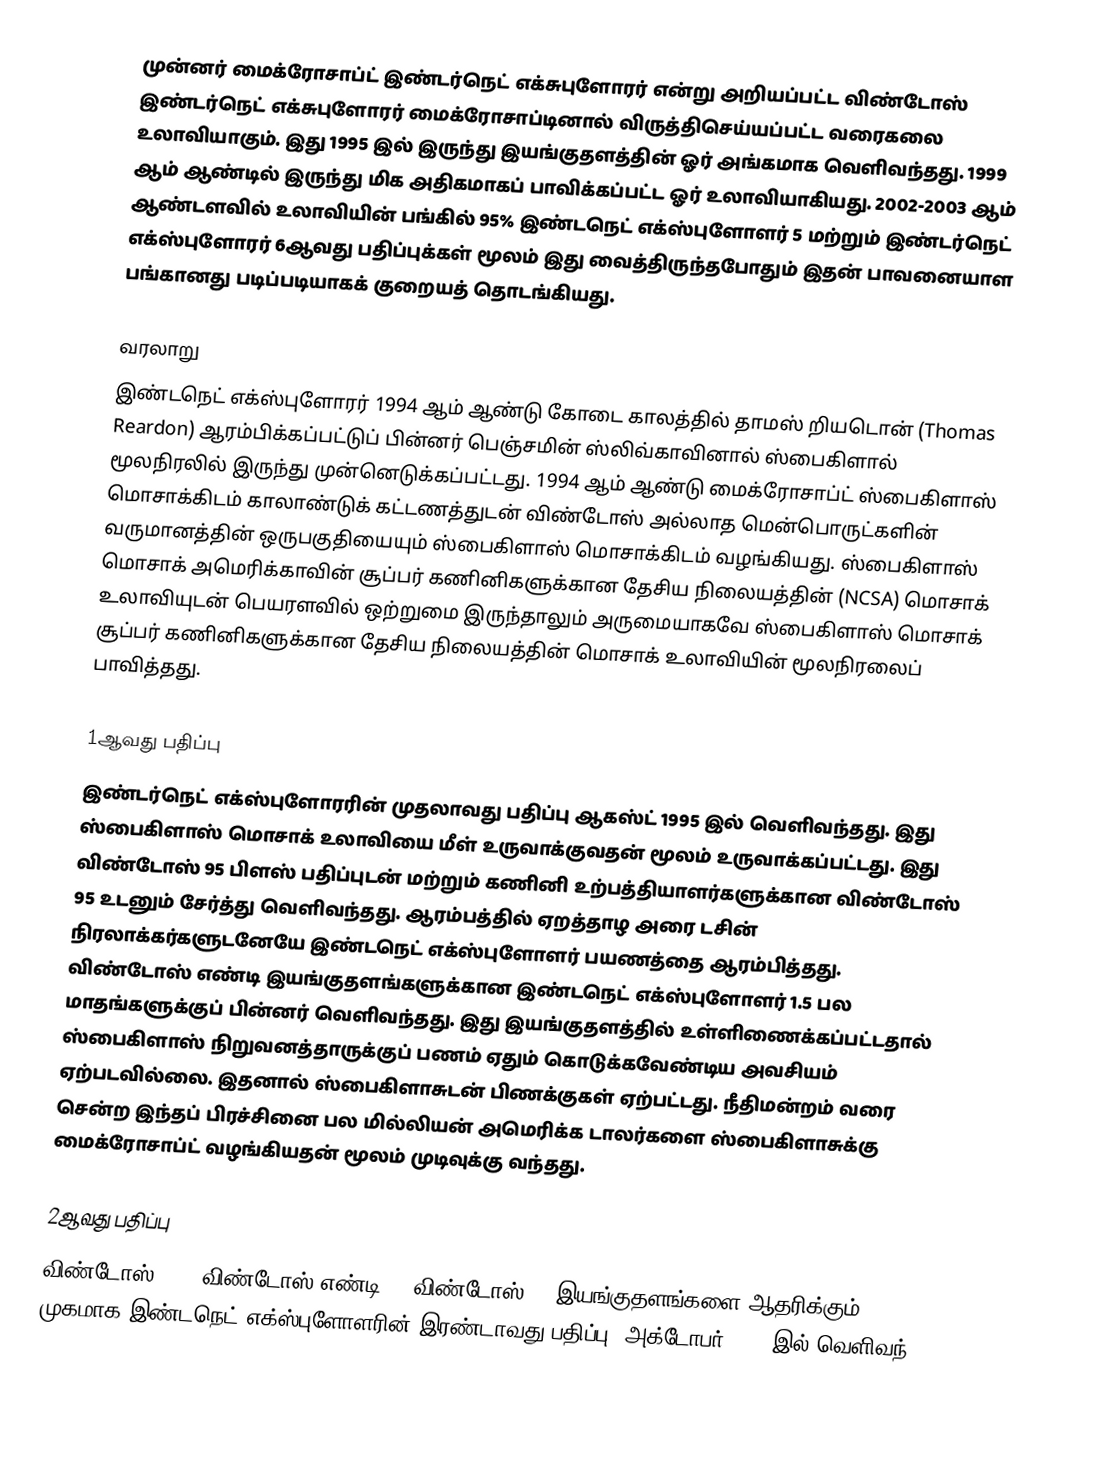
முன்னர் மைக்ரோசாப்ட் இண்டர்நெட் எக்சுபுளோரர் என்று அறியப்பட்ட விண்டோஸ் இண்டர்நெட் எக்சுபுளோரர் மைக்ரோசாப்டினால் விருத்திசெய்யப்பட்ட வரைகலை உலாவியாகும். இது 1995 இல் இருந்து இயங்குதளத்தின் ஓர் அங்கமாக வெளிவந்தது. 1999 ஆம் ஆண்டில் இருந்து மிக அதிகமாகப் பாவிக்கப்பட்ட ஓர் உலாவியாகியது. 2002-2003 ஆம் ஆண்டளவில் உலாவியின் பங்கில் 95% இண்டநெட் எக்ஸ்புளோளர் 5 மற்றும் இண்டர்நெட் எக்ஸ்புளோரர் 6ஆவது பதிப்புக்கள் மூலம் இது வைத்திருந்தபோதும் இதன் பாவனையாள பங்கானது படிப்படியாகக் குறையத் தொடங்கியது.

வரலாறு
இண்டநெட் எக்ஸ்புளோரர் 1994 ஆம் ஆண்டு கோடை காலத்தில் தாமஸ் றியடொன் (Thomas Reardon) ஆரம்பிக்கப்பட்டுப் பின்னர் பெஞ்சமின் ஸ்லிவ்காவினால் ஸ்பைகிளால் மூலநிரலில் இருந்து முன்னெடுக்கப்பட்டது. 1994 ஆம் ஆண்டு மைக்ரோசாப்ட் ஸ்பைகிளாஸ் மொசாக்கிடம் காலாண்டுக் கட்டணத்துடன் விண்டோஸ் அல்லாத மென்பொருட்களின் வருமானத்தின் ஒருபகுதியையும் ஸ்பைகிளாஸ் மொசாக்கிடம் வழங்கியது. ஸ்பைகிளாஸ் மொசாக் அமெரிக்காவின் சூப்பர் கணினிகளுக்கான தேசிய நிலையத்தின் (NCSA) மொசாக் உலாவியுடன் பெயரளவில் ஒற்றுமை இருந்தாலும் அருமையாகவே ஸ்பைகிளாஸ் மொசாக் சூப்பர் கணினிகளுக்கான தேசிய நிலையத்தின் மொசாக் உலாவியின் மூலநிரலைப் பாவித்தது.

1ஆவது பதிப்பு
இண்டர்நெட் எக்ஸ்புளோரரின் முதலாவது பதிப்பு ஆகஸ்ட் 1995 இல் வெளிவந்தது. இது ஸ்பைகிளாஸ் மொசாக் உலாவியை மீள் உருவாக்குவதன் மூலம் உருவாக்கப்பட்டது. இது விண்டோஸ் 95 பிளஸ் பதிப்புடன் மற்றும் கணினி உற்பத்தியாளர்களுக்கான விண்டோஸ் 95 உடனும் சேர்த்து வெளிவந்தது. ஆரம்பத்தில் ஏறத்தாழ அரை டசின் நிரலாக்கர்களுடனேயே இண்டநெட் எக்ஸ்புளோளர் பயணத்தை ஆரம்பித்தது. விண்டோஸ் எண்டி இயங்குதளங்களுக்கான இண்டநெட் எக்ஸ்புளோளர் 1.5 பல மாதங்களுக்குப் பின்னர் வெளிவந்தது. இது இயங்குதளத்தில் உள்ளிணைக்கப்பட்டதால் ஸ்பைகிளாஸ் நிறுவனத்தாருக்குப் பணம் ஏதும் கொடுக்கவேண்டிய அவசியம் ஏற்படவில்லை. இதனால் ஸ்பைகிளாசுடன் பிணக்குகள் ஏற்பட்டது. நீதிமன்றம் வரை சென்ற இந்தப் பிரச்சினை பல மில்லியன் அமெரிக்க டாலர்களை ஸ்பைகிளாசுக்கு மைக்ரோசாப்ட் வழங்கியதன் மூலம் முடிவுக்கு வந்தது.

2ஆவது பதிப்பு
விண்டோஸ் 3.5, விண்டோஸ் எண்டி 4, விண்டோஸ் 95 இயங்குதளங்களை ஆதரிக்கும் முகமாக இண்டநெட் எக்ஸ்புளோளரின் இரண்டாவது பதிப்பு (அக்டோபர் 1995 இல் வெளிவந்